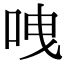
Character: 㖂